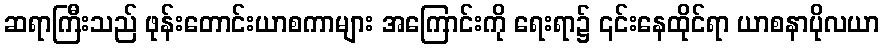
ဆရာကြီးသည် ဖုန်းတောင်းယာစကာများ အကြောင်းကို ရေးရာ၌ ၎င်းနေထိုင်ရာ ယာစနာပိုလယာ